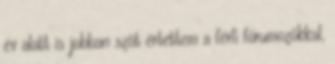
év alatt is jobban szót értettem a férfi fórumozókkal,